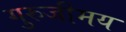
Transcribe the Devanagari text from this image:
गुरुजीमय